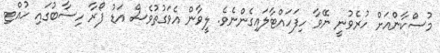
މުސްކާންއަށް ހުރެވުނީ ނޭވާ ހިފަހައްޓާލައިގެންނެވެ. ލީވާން އެވަގުތުވެސް އަޑު ފޯރާ ހިސާބުގައި ހުއްޓި